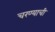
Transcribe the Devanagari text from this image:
चरण्याची